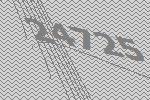
24725